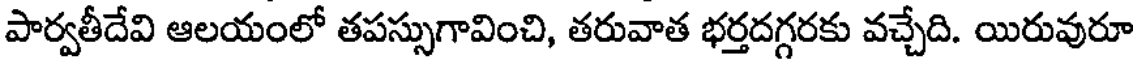
పార్వతీదేవి ఆలయంలో తపస్సుగావించి, తరువాత భర్తదగ్గరకు వచ్చేది. యిరువురూ